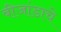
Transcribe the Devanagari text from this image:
बीजांडाचे